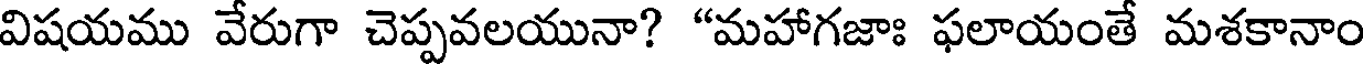
విషయము వేరుగా చెప్పవలయునా? "మహాగజాః ఫలాయంతే మశకానాం